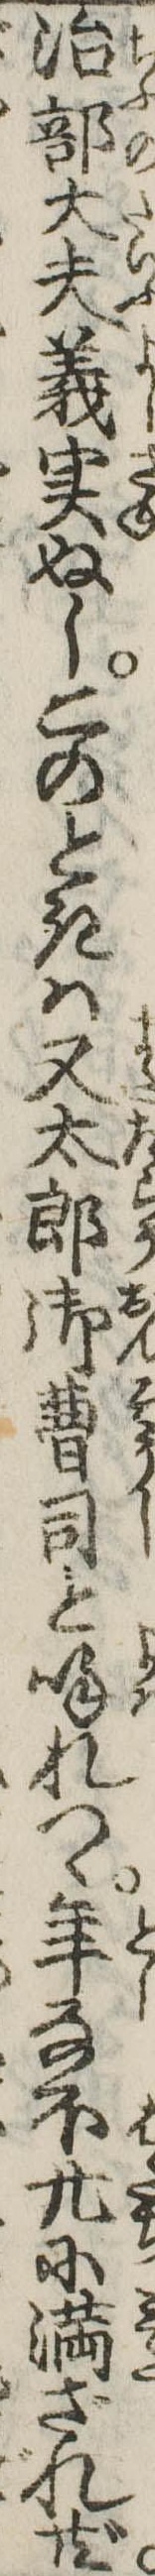
治部大夫義実ぬしこのときは又太郎御曹司と呼れつゝ年なほ廾に満ざれ共